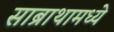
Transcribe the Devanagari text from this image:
साब्राथामध्ये